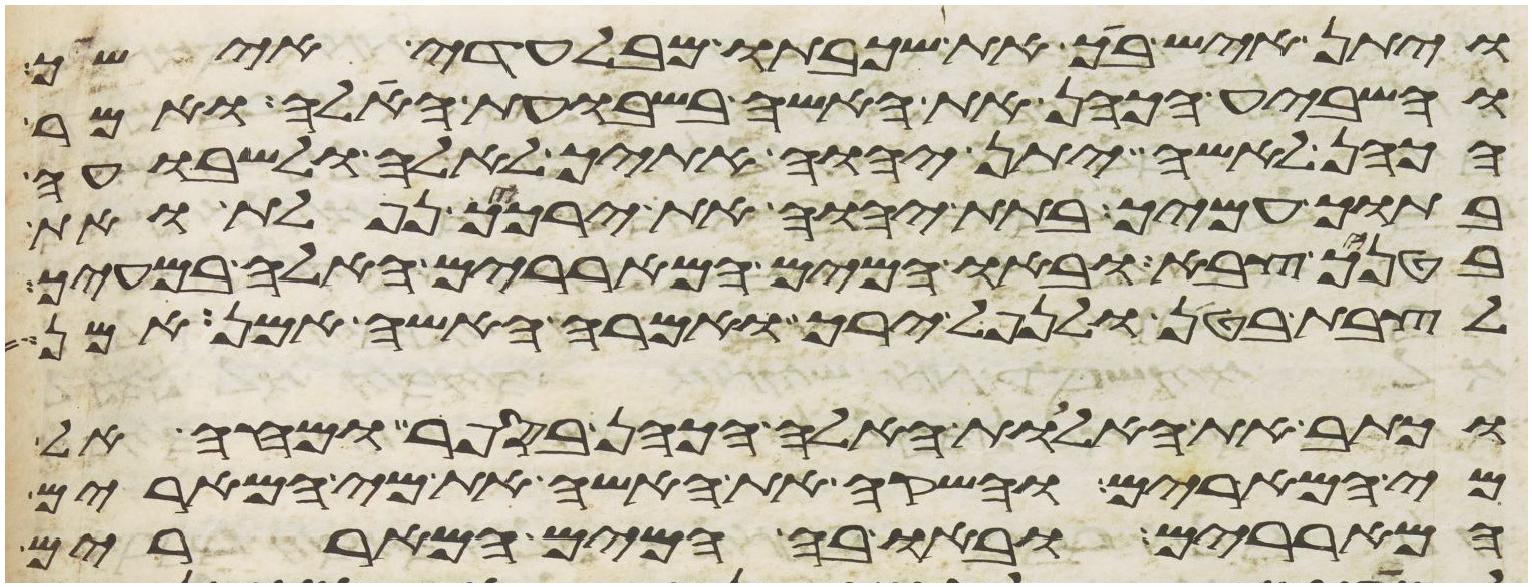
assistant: ויתן איש ביך את שכבתו מבלעדי אישיך
והשביע הכהן את האשה בשבועת האלה ואמר
הכהן לאשה יתן יהוה אתיך לאלה ולשבועה
בתוך עמיך בתת יהוה את ירכיך נפלת ואת
בטניך צבא ובאו המים המאררים האלה במעיך
לצבת בטן ולנפל ירך ואמרה האשה אמן אמן
וכתב את האלות האלה הכהן בספר ומחה אל
מי המרים והשקה את האשה את מי המרים
המאררים ובאו בה המים המאררים